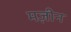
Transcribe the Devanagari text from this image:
मज़ीन